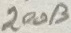
Text: 200Ω